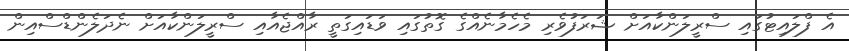
އެ ފްލައިޓުގައި ސްރީލަންކާއަށް ޝަރަފުވެރި މެހެމާނެއްގެ ގޮތުގައި ވަޑައިގަތީ ރާއްޖެއާއި ސްރީލަންކާއަށް ނެދަލެންޑްސްއިން